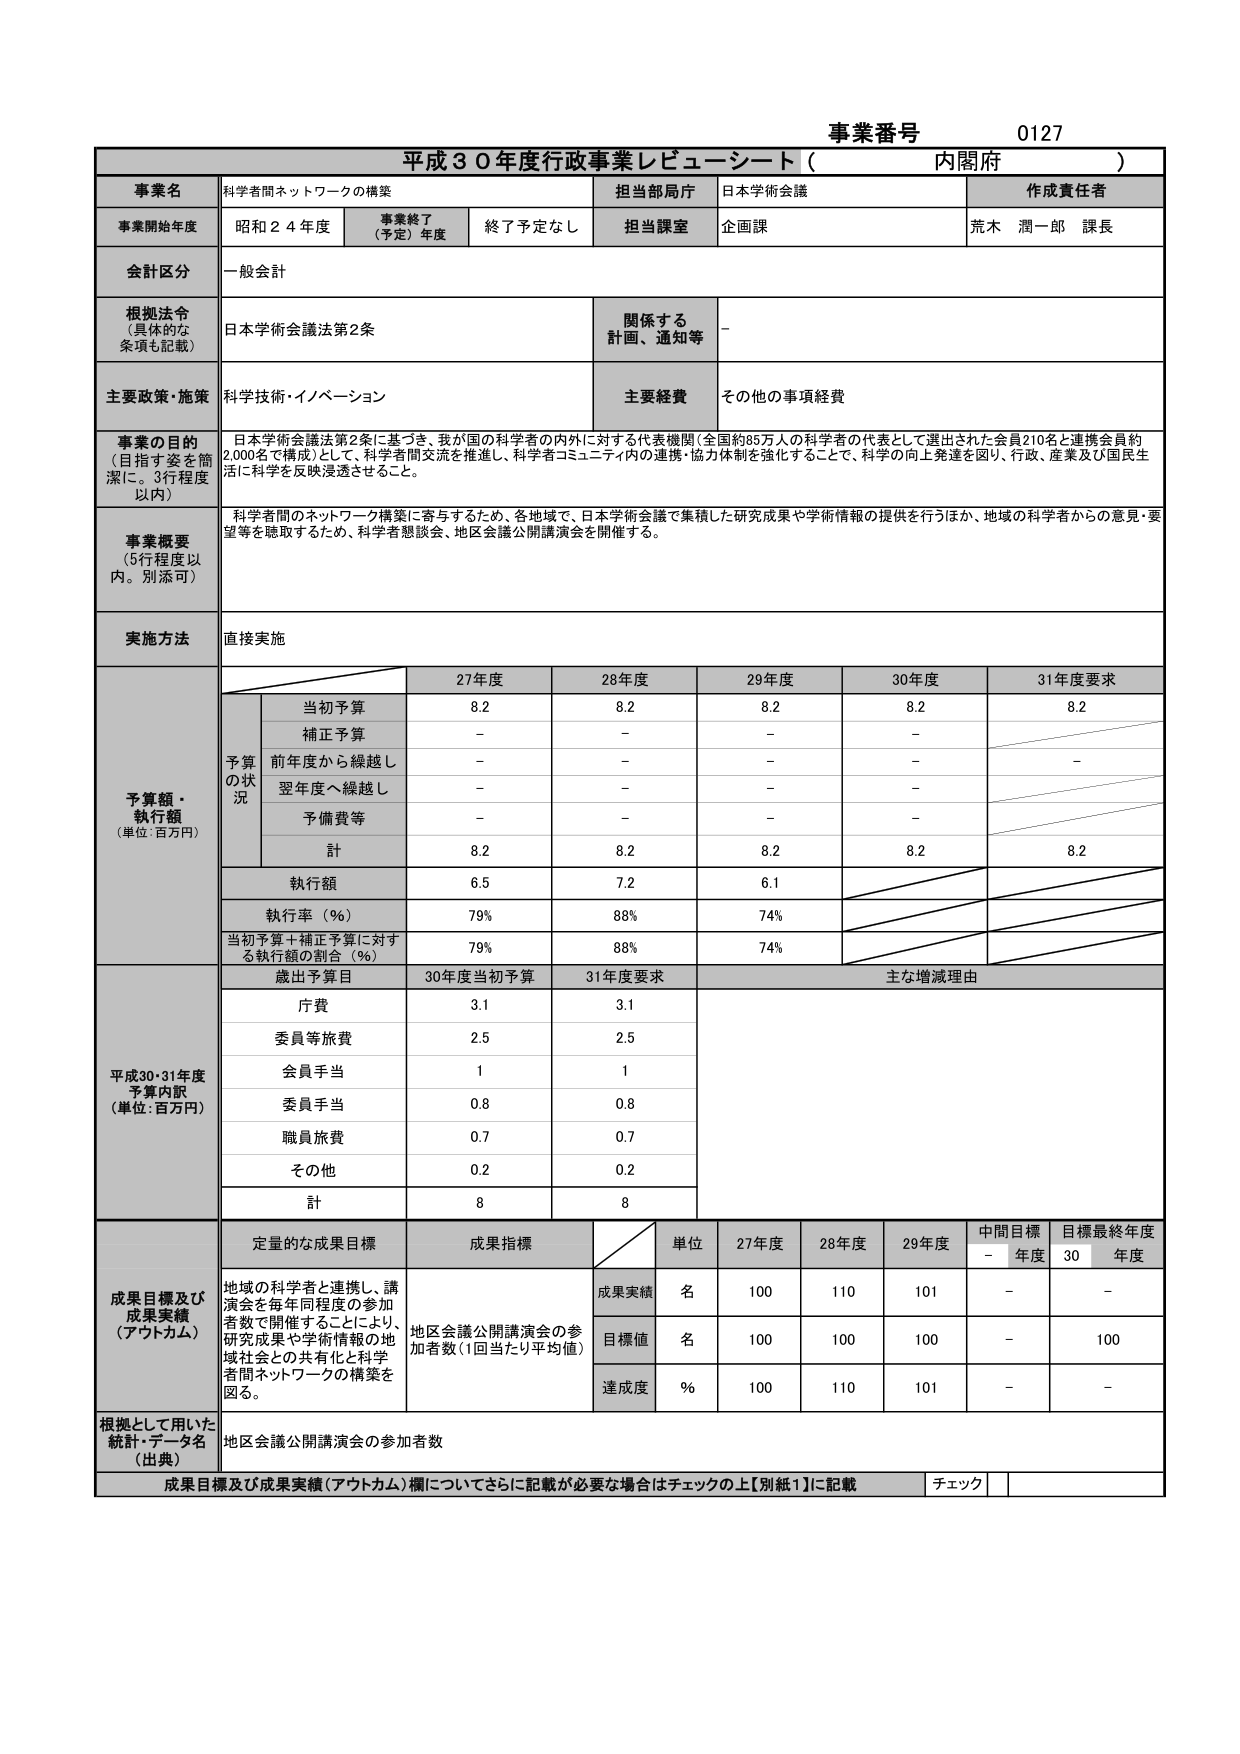
事業番号 0127
平成３０年度行政事業レビューシート（内閣府）

事業名 科学者間ネットワークの構築
担当部局庁 日本学術会議
作成責任者 荒木 潤一郎 課長

事業開始年度 昭和２４年度
事業終了（予定）年度 終了予定なし
担当課室 企画課

会計区分 一般会計

根拠法令（具体的な条項も記載） 日本学術会議法第2条
関係する計画、通知等 －

主要政策・施策 科学技術・イノベーション
主要経費 その他の事項経費

事業の目的（目指す姿を簡潔に。3行程度以内）
日本学術会議法第2条に基づき、我が国の科学者の内外に対する代表機関（全国約85万人の科学者の代表として選出された会員210名と連携会員約2,000名で構成）として、科学者間交流を推進し、科学者コミュニティ内の連携・協力体制を強化することで、科学の向上発達を図り、行政、産業及び国民生活に科学を反映浸透させること。

事業概要（5行程度以内。別添可）
科学者間のネットワーク構築に寄与するため、各地域で、日本学術会議で集積した研究成果や学術情報の提供を行うほか、地域の科学者からの意見・要望等を聴取するため、科学者懇談会、地区会議公開講演会を開催する。

実施方法 直接実施

予算額・執行額（単位：百万円）